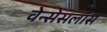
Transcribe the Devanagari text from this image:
वेन्सेसलॉस